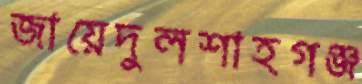
জায়েদুলশাহগঞ্জ